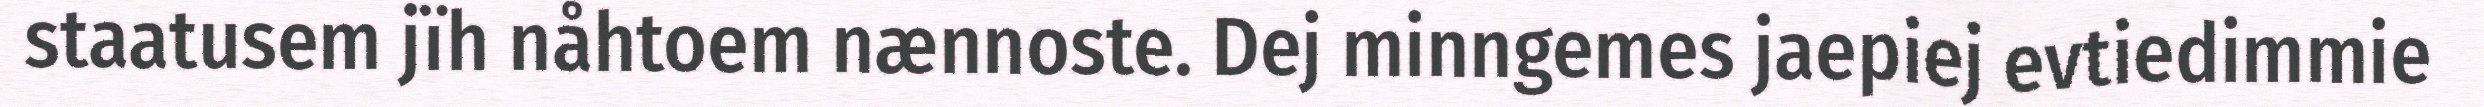
staatusem jïh nåhtoem nænnoste. Dej minngemes jaepiej evtiedimmie